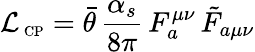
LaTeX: {\cal L}_{\mathrm{\scriptsize~CP}}={\bar{\theta}}\, \frac{\alpha_{s}}{8\pi}\, F_{a}^{\mu\nu}\, {\tilde{F}}_{a\mu\nu}